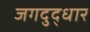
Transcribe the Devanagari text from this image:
जगदुद्धार